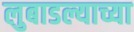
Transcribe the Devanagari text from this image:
लुबाडल्याच्या